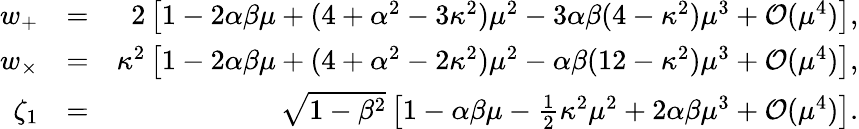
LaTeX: \begin{array}{rlr}{w_{+}}&{=}&{2\left[1-2\alpha\beta\mu+(4+\alpha^{2}-3\kappa^{2})\mu^{2}-3\alpha\beta(4-\kappa^{2})\mu^{3}+{\cal O}(\mu^{4})\right],}\\ {w_{\times}}&{=}&{\kappa^{2}\left[1-2\alpha\beta\mu+(4+\alpha^{2}-2\kappa^{2})\mu^{2}-\alpha\beta(12-\kappa^{2})\mu^{3}+{\cal O}(\mu^{4})\right],}\\ {\zeta_{1}}&{=}&{\sqrt{1-\beta^{2}}\left[1-\alpha\beta\mu-\frac{1}{2}\kappa^{2}\mu^{2}+2\alpha\beta\mu^{3}+{\cal O}(\mu^{4})\right].}\end{array}